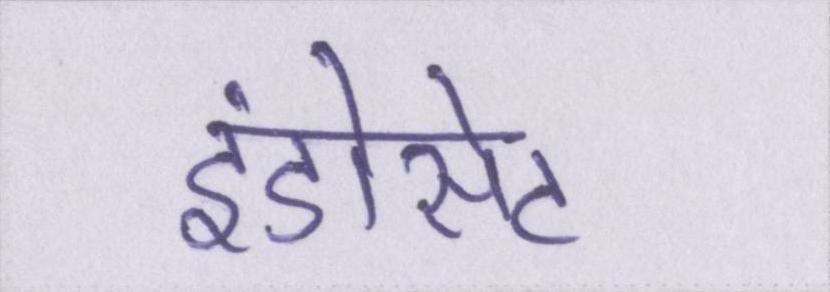
इंडोसेट